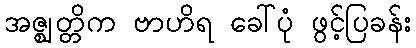
အဇ္ဈတ္တိက ဗာဟိရ ခေါ်ပုံ ဖွင့်ပြခန်း